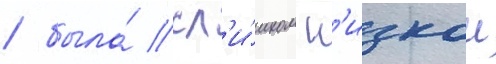
/ была́ сл'и́шком н'изкои